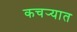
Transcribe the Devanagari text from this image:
कचर्‍यात